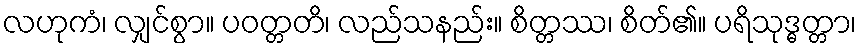
လဟုကံ၊ လျှင်စွာ။ ပဝတ္တတိ၊ လည်သနည်း။ စိတ္တဿ၊ စိတ်၏။ ပရိသုဒ္ဓတ္တာ၊